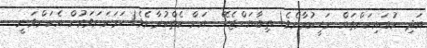
އަދި ނުބައިކަންތައް ނަހީކުރާށެވެ! ތިބާޔަށްޖެހޭ  އަށް ކެތްކުރާށެވެ! ހަމަކަށަވަރުން އެކަންވަނީ